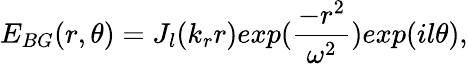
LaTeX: E_{BG}(r,\theta)=J_{l}(k_{r}r)exp(\frac{-r^{2}}{\omega^{2}})exp(il\theta),